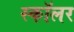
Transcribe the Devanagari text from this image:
स्‍कॉलर